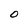
Character: O